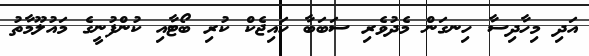
އަދި މިހާދިސާ ހިނގަން މެދުވެރި ސަބަބާ ހައިޖެކް ކުރި ބޯޓާއި ކުންފުނީގެ މައުލޫމާތު